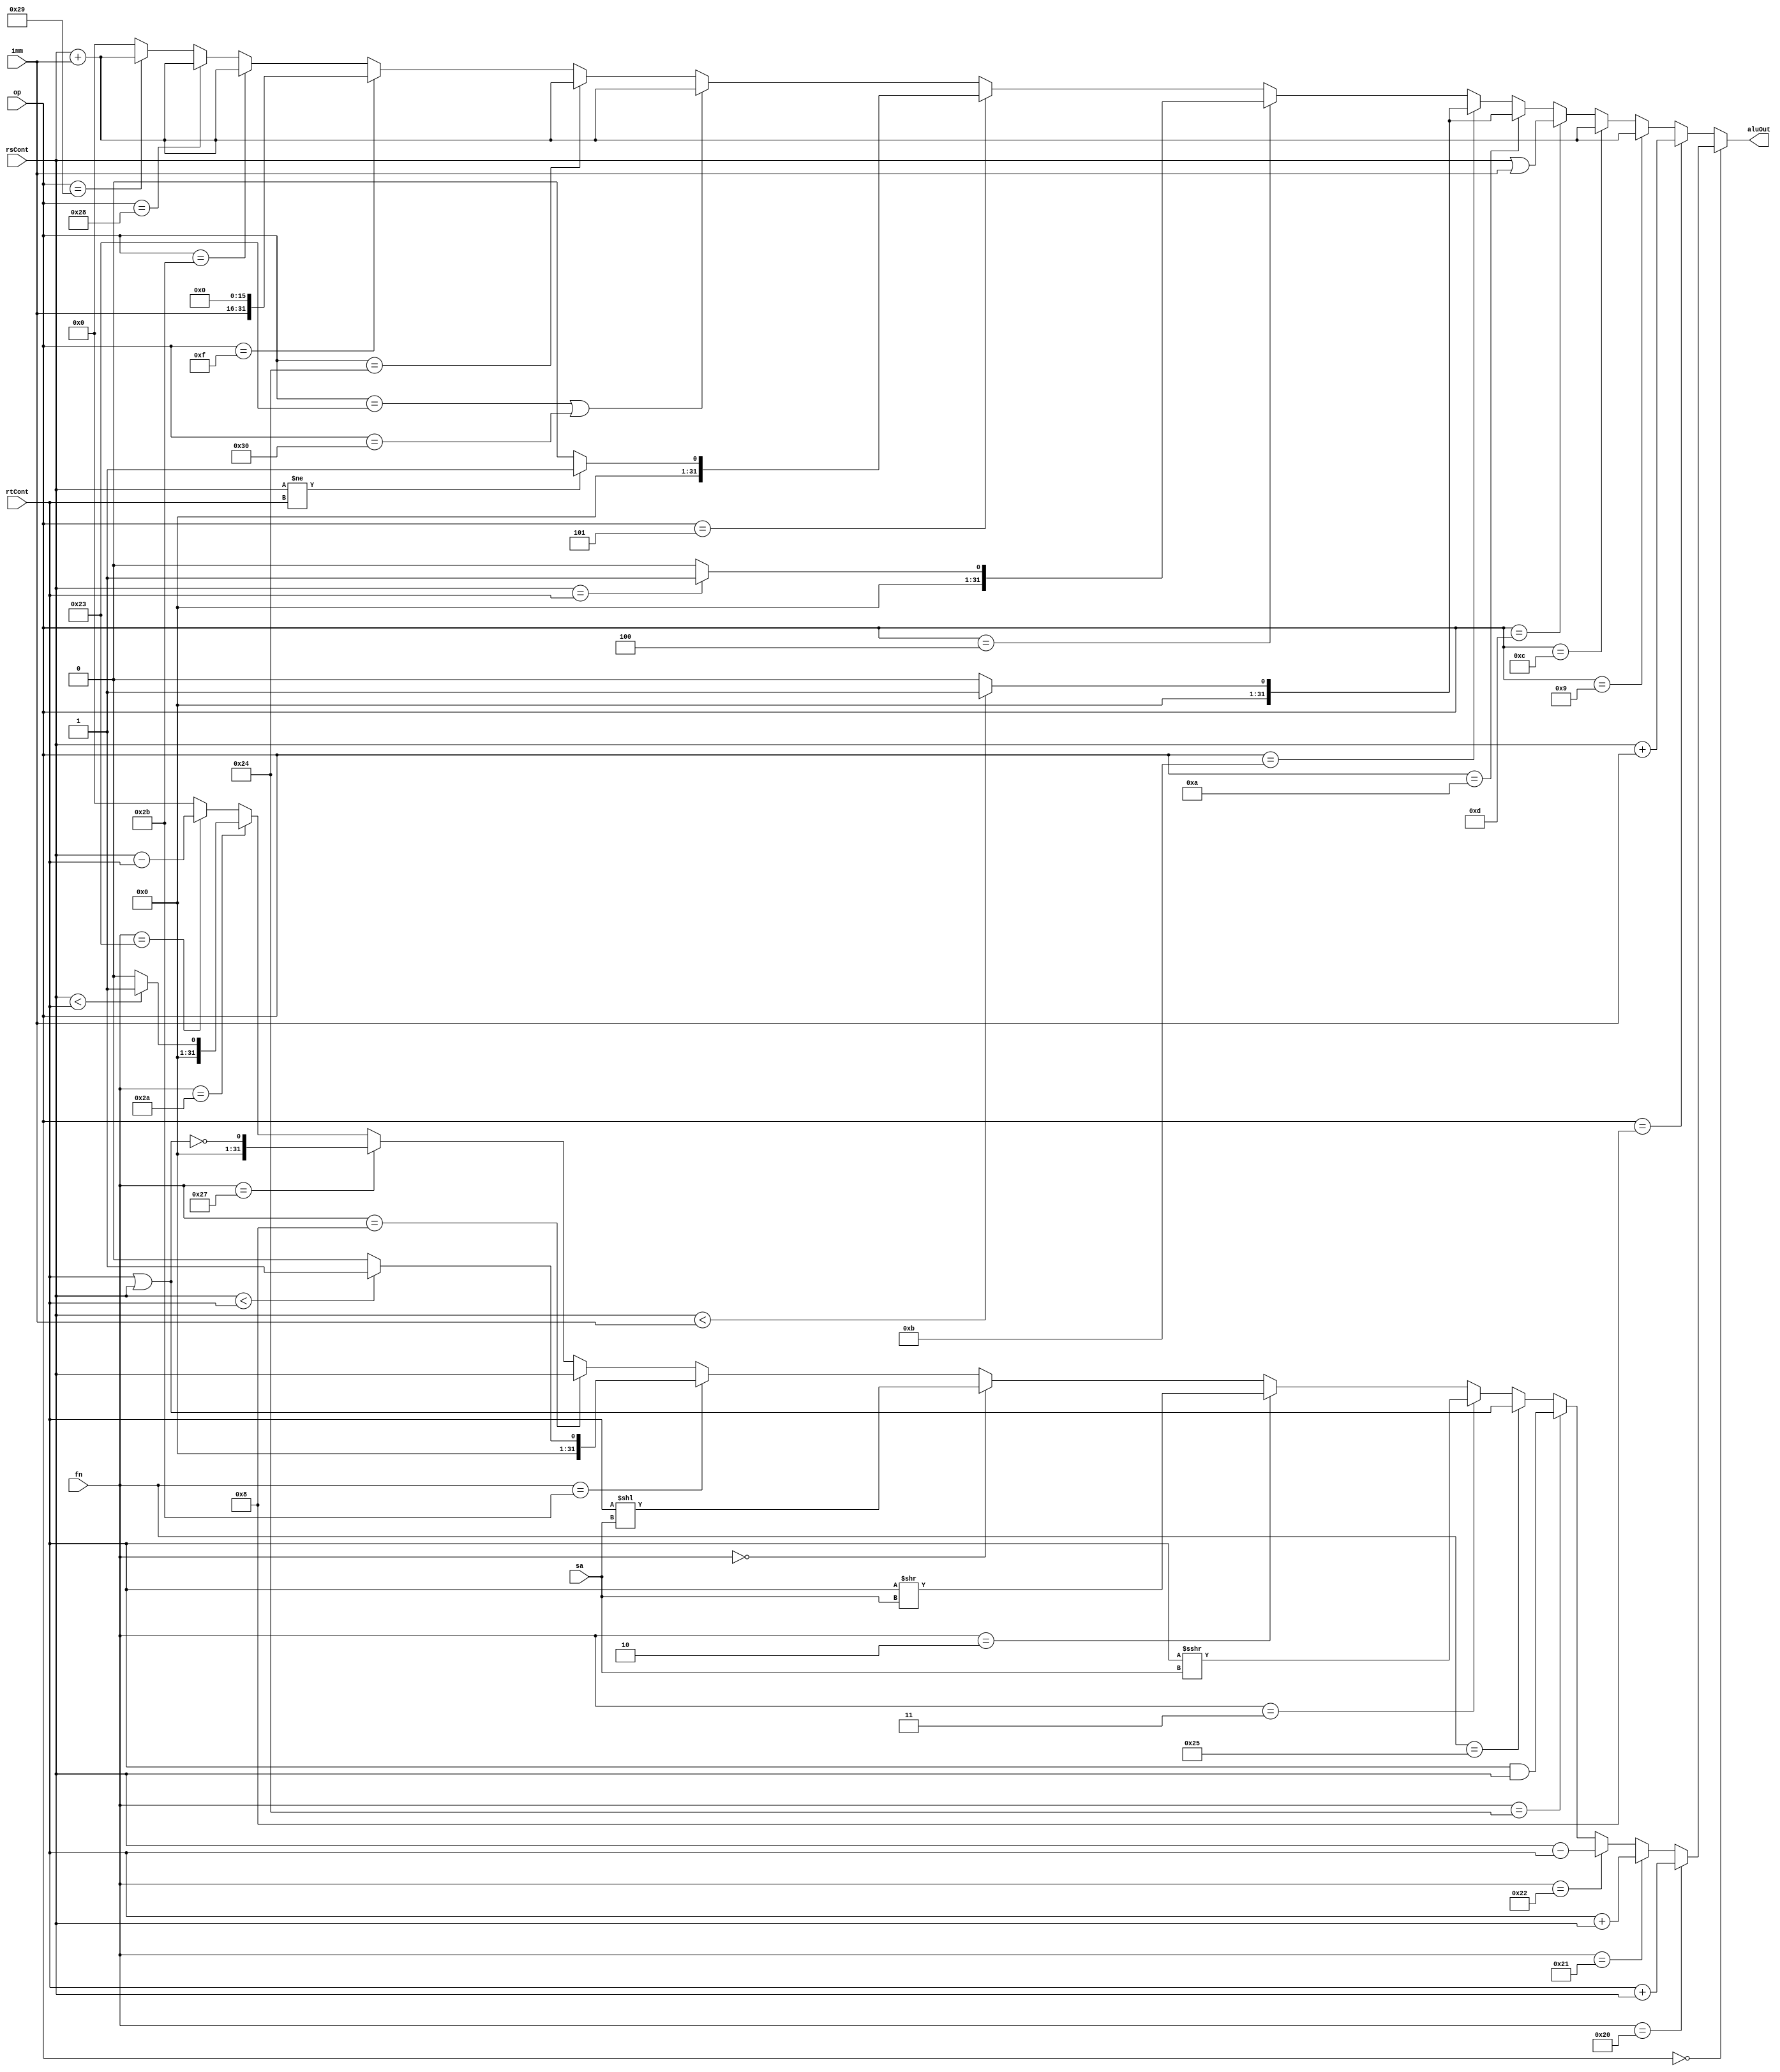
module mips_alu(aluOut, rsCont, rtCont, op, fn, sa, imm);

	output reg[31:0] aluOut;		// alu sonucu
	input [31:0] rsCont;				// rs content
	input [31:0] rtCont;				// rt content
	input [5:0] op;					// op code
	input [5:0] fn;					// func code
	input [4:0] sa;					// shift amount
	input [15:0] imm;					// immediate
	
// R- Type func codes
wire[5:0] addOP = 6'b100000;
wire[5:0] adduOP = 6'b100001;
wire[5:0] subOP = 6'b100010;
wire[5:0] andOP = 6'b100100;
wire[5:0] orOP = 6'b100101;
wire[5:0] sraOP = 6'b000011;
wire[5:0] srlOP = 6'b000010;
wire[5:0] sllOP = 6'b000000;
wire[5:0] sltuOP = 6'b101011;

wire[5:0] jrOP = 6'b001000;
wire[5:0] norOP = 6'b100111;
wire[5:0] sltOP = 6'b101010;
wire[5:0] subuOP = 6'b100011;
///////////////////////////////
// I - Type op codes
wire[5:0] addiOP = 6'b001000;
wire[5:0] addiuOP = 6'b001001;

wire[5:0] andiOP = 6'b001100;
wire[5:0] beqOP = 6'b000100;
wire[5:0] bneOP = 6'b000101;
wire[5:0] lbuOP = 6'b100100;
wire[5:0] lhuOP = 6'b100101;
wire[5:0] llOP = 6'b110000;
wire[5:0] luiOP = 6'b001111;
wire[5:0] lwOP = 6'b100011;
wire[5:0] oriOP = 6'b001101;
wire[5:0] sltiOP = 6'b001010;
wire[5:0] sltiuOP = 6'b001011;
wire[5:0] sbOP = 6'b101000;
wire[5:0] scOP = 6'b111000;
wire[5:0] shOP = 6'b101001;
wire[5:0] swOP = 6'b101011;

///////////////////////////////

// J - Type op codes
//////////////////////////////
wire[5:0] jOP = 6'b000010;
wire[5:0] jalOP = 6'b000011;
//////////////////////////////

// rs veya rt contentinin degisimine gore islem yapar
always @(rsCont or rtCont)
begin
	if(op == 6'b0) // r type instruction'lar
	begin
	
		if(fn == addOP)
			aluOut = $signed(rtCont) + $signed(rsCont);
		else if(fn == adduOP)
			aluOut = rtCont + rsCont;
		else if(fn == subOP)
			aluOut = $signed(rsCont) - $signed(rtCont);
		else if(fn == andOP)
			aluOut = rtCont & rsCont; 
		else if(fn == orOP)
			aluOut = rtCont | rsCont; 
		else if(fn == sraOP)
			aluOut = $signed(rtCont) >>> sa; 
		else if(fn == srlOP)
			aluOut = rtCont >> sa;
		else if(fn == sllOP)
			aluOut = rtCont << sa;
		else if(fn == sltuOP)
			aluOut = (rsCont < rtCont)? 32'b1 : 32'b0;
		else if(fn == jrOP)
			aluOut = rsCont;
		else if(fn == norOP)
			aluOut = !(rsCont | rtCont);
		else if(fn == sltOP)
			aluOut = $signed(rsCont) < $signed(rtCont)? 32'b1 : 32'b0;
		else if(fn == subuOP)
			aluOut = rsCont - rtCont;
		else
			aluOut = 32'b0;
	end
	else   // diger (I type ve J type) instructionlar
	begin 

		if(op == addiOP)
			aluOut = $signed(rsCont) + $signed(imm);
		
		else if(op == addiuOP)
			aluOut = rsCont + $signed(imm);
		
		else if(op == andiOP)
			aluOut = rsCont + $signed(imm);
		
		else if(op == oriOP)
			aluOut = rsCont | $signed(imm);
		
		else if(op == sltiOP)
			aluOut = (rsCont < $signed(imm))? 1 : 0;
		
		else if(op == sltiuOP)
			aluOut = (rsCont < imm)? 1 : 0;
		
		else if(op == beqOP)
		begin
			if(rsCont == rtCont)
				aluOut = 32'b1;
			else
				aluOut = 32'b0;
		end
		
		else if(op == bneOP)
		begin
			if(rsCont != rtCont)
				aluOut = 32'b1;
			else
				aluOut = 32'b0;
		end
		
		else if(op == lwOP || op == llOP)
			aluOut = rsCont + $signed(imm);
		
		else if(op == lbuOP)
			aluOut = rsCont + $signed(imm);
		
		else if(op == luiOP)
			aluOut = {imm, 16'b0};
		
		else if(op == swOP)
			aluOut = rsCont + $signed(imm);
		
		else if(op == sbOP)
			aluOut = rsCont + $signed(imm);			
		
		else if(op == shOP)
			aluOut = rsCont + $signed(imm);
		
		else
			aluOut = 32'b0;	
	end

end

endmodule